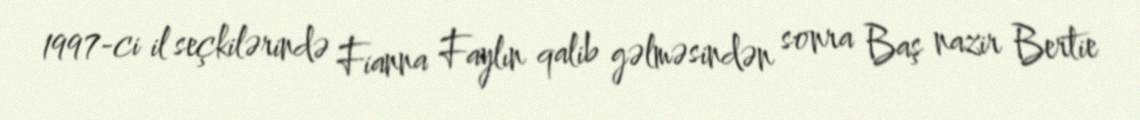
1997-ci il seçkilərində Fianna Faylın qalib gəlməsindən sonra Baş nazir Bertie